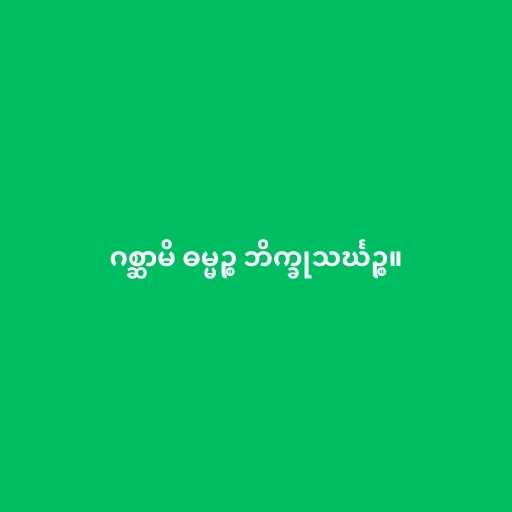
ဂစ္ဆာမိ ဓမ္မဉ္စ ဘိက္ခုသင်္ဃဉ္စ။